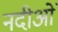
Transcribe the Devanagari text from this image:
नदीओं